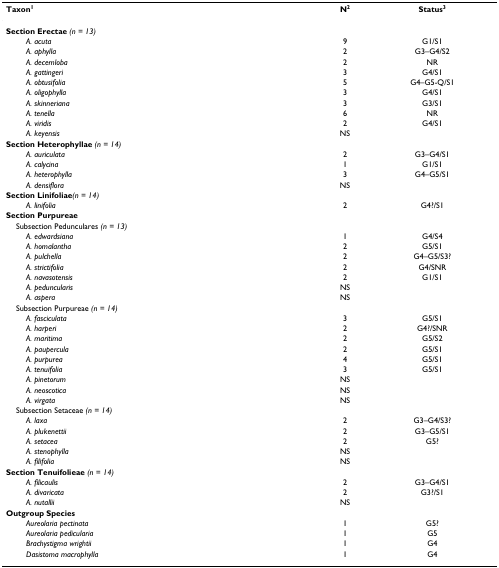
<table><thead><tr><td><b>Taxon<sup>1</sup></b></td><td><b>N<sup>2</sup></b></td><td><b>Status<sup>3</sup></b></td></tr></thead><tbody><tr><td><b>Section Erectae </b><i>(n = 13)</i></td><td></td><td></td></tr><tr><td><i>A. acuta</i></td><td>9</td><td>G1/S1</td></tr><tr><td><i>A. aphylla</i></td><td>2</td><td>G3–G4/S2</td></tr><tr><td><i>A. decemloba</i></td><td>2</td><td>NR</td></tr><tr><td><i>A. gattingeri</i></td><td>3</td><td>G4/S1</td></tr><tr><td><i>A. obtusifolia</i></td><td>5</td><td>G4–G5-Q/S1</td></tr><tr><td><i>A. oligophylla</i></td><td>3</td><td>G4/S1</td></tr><tr><td><i>A. skinneriana</i></td><td>3</td><td>G3/S1</td></tr><tr><td><i>A. tenella</i></td><td>6</td><td>NR</td></tr><tr><td><i>A. viridis</i></td><td>2</td><td>G4/S1</td></tr><tr><td><i>A. keyensis</i></td><td>NS</td><td></td></tr><tr><td><b>Section Heterophyllae </b><i>(n = 14)</i></td><td></td><td></td></tr><tr><td><i>A. auriculata</i></td><td>2</td><td>G3–G4/S1</td></tr><tr><td><i>A. calycina</i></td><td>1</td><td>G1/S1</td></tr><tr><td><i>A. heterophylla</i></td><td>3</td><td>G4–G5/S1</td></tr><tr><td><i>A. densiflora</i></td><td>NS</td><td></td></tr><tr><td><b>Section Linifoliae</b><i>(n = 14)</i></td><td></td><td></td></tr><tr><td><i>A. linifolia</i></td><td>2</td><td>G4?/S1</td></tr><tr><td><b>Section Purpureae</b></td><td></td><td></td></tr><tr><td> Subsection Pedunculares <i>(n = 13)</i></td><td></td><td></td></tr><tr><td><i>A. edwardsiana</i></td><td>1</td><td>G4/S4</td></tr><tr><td><i>A. homalantha</i></td><td>2</td><td>G5/S1</td></tr><tr><td><i>A. pulchella</i></td><td>2</td><td>G4–G5/S3?</td></tr><tr><td><i>A. strictifolia</i></td><td>2</td><td>G4/SNR</td></tr><tr><td><i>A. navasotensis</i></td><td>2</td><td>G1/S1</td></tr><tr><td><i>A. peduncularis</i></td><td>NS</td><td></td></tr><tr><td><i>A. aspera</i></td><td>NS</td><td></td></tr><tr><td> Subsection Purpureae <i>(n = 14)</i></td><td></td><td></td></tr><tr><td><i>A. fasciculata</i></td><td>3</td><td>G5/S1</td></tr><tr><td><i>A. harperi</i></td><td>2</td><td>G4?/SNR</td></tr><tr><td><i>A. maritima</i></td><td>2</td><td>G5/S2</td></tr><tr><td><i>A. paupercula</i></td><td>2</td><td>G5/S1</td></tr><tr><td><i>A. purpurea</i></td><td>4</td><td>G5/S1</td></tr><tr><td><i>A. tenuifolia</i></td><td>3</td><td>G5/S1</td></tr><tr><td><i>A. pinetorum</i></td><td>NS</td><td></td></tr><tr><td><i>A. neoscotica</i></td><td>NS</td><td></td></tr><tr><td><i>A. virgata</i></td><td>NS</td><td></td></tr><tr><td> Subsection Setaceae <i>(n = 14)</i></td><td></td><td></td></tr><tr><td><i>A. laxa</i></td><td>2</td><td>G3–G4/S3?</td></tr><tr><td><i>A. plukenettii</i></td><td>2</td><td>G3–G5/S1</td></tr><tr><td><i>A. setacea</i></td><td>2</td><td>G5?</td></tr><tr><td><i>A. stenophylla</i></td><td>NS</td><td></td></tr><tr><td><i>A. filifolia</i></td><td>NS</td><td></td></tr><tr><td><b>Section Tenuifolieae </b><i>(n = 14)</i></td><td></td><td></td></tr><tr><td><i>A. filicaulis</i></td><td>2</td><td>G3–G4/S1</td></tr><tr><td><i>A. divaricata</i></td><td>2</td><td>G3?/S1</td></tr><tr><td><i>A. nutallii</i></td><td>NS</td><td></td></tr><tr><td><b>Outgroup Species</b></td><td></td><td></td></tr><tr><td><i>Aureolaria pectinata</i></td><td>1</td><td>G5?</td></tr><tr><td><i>Aureolaria pedicularia</i></td><td>1</td><td>G5</td></tr><tr><td><i>Brachystigma wrightii</i></td><td>1</td><td>G4</td></tr><tr><td><i>Dasistoma macrophylla</i></td><td>1</td><td>G4</td></tr></tbody></table>